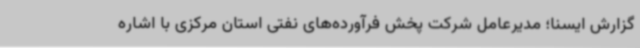
گزارش ایسنا؛ مدیرعامل شرکت پخش فرآورده‌های نفتی استان مرکزی با اشاره